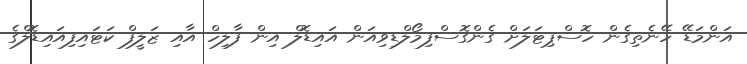
އަންމަޑޭ ހޭނެތިގެން ހޮސްޕިޓަލަށް ގެންގޮސްފިމޯލްޑިވިއަން އައިޑޮލް އިން ފާލިހް އާއި ޒަލީފް ކަޓައިފިއައިޑޮލްގެ